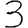
Digit: 3